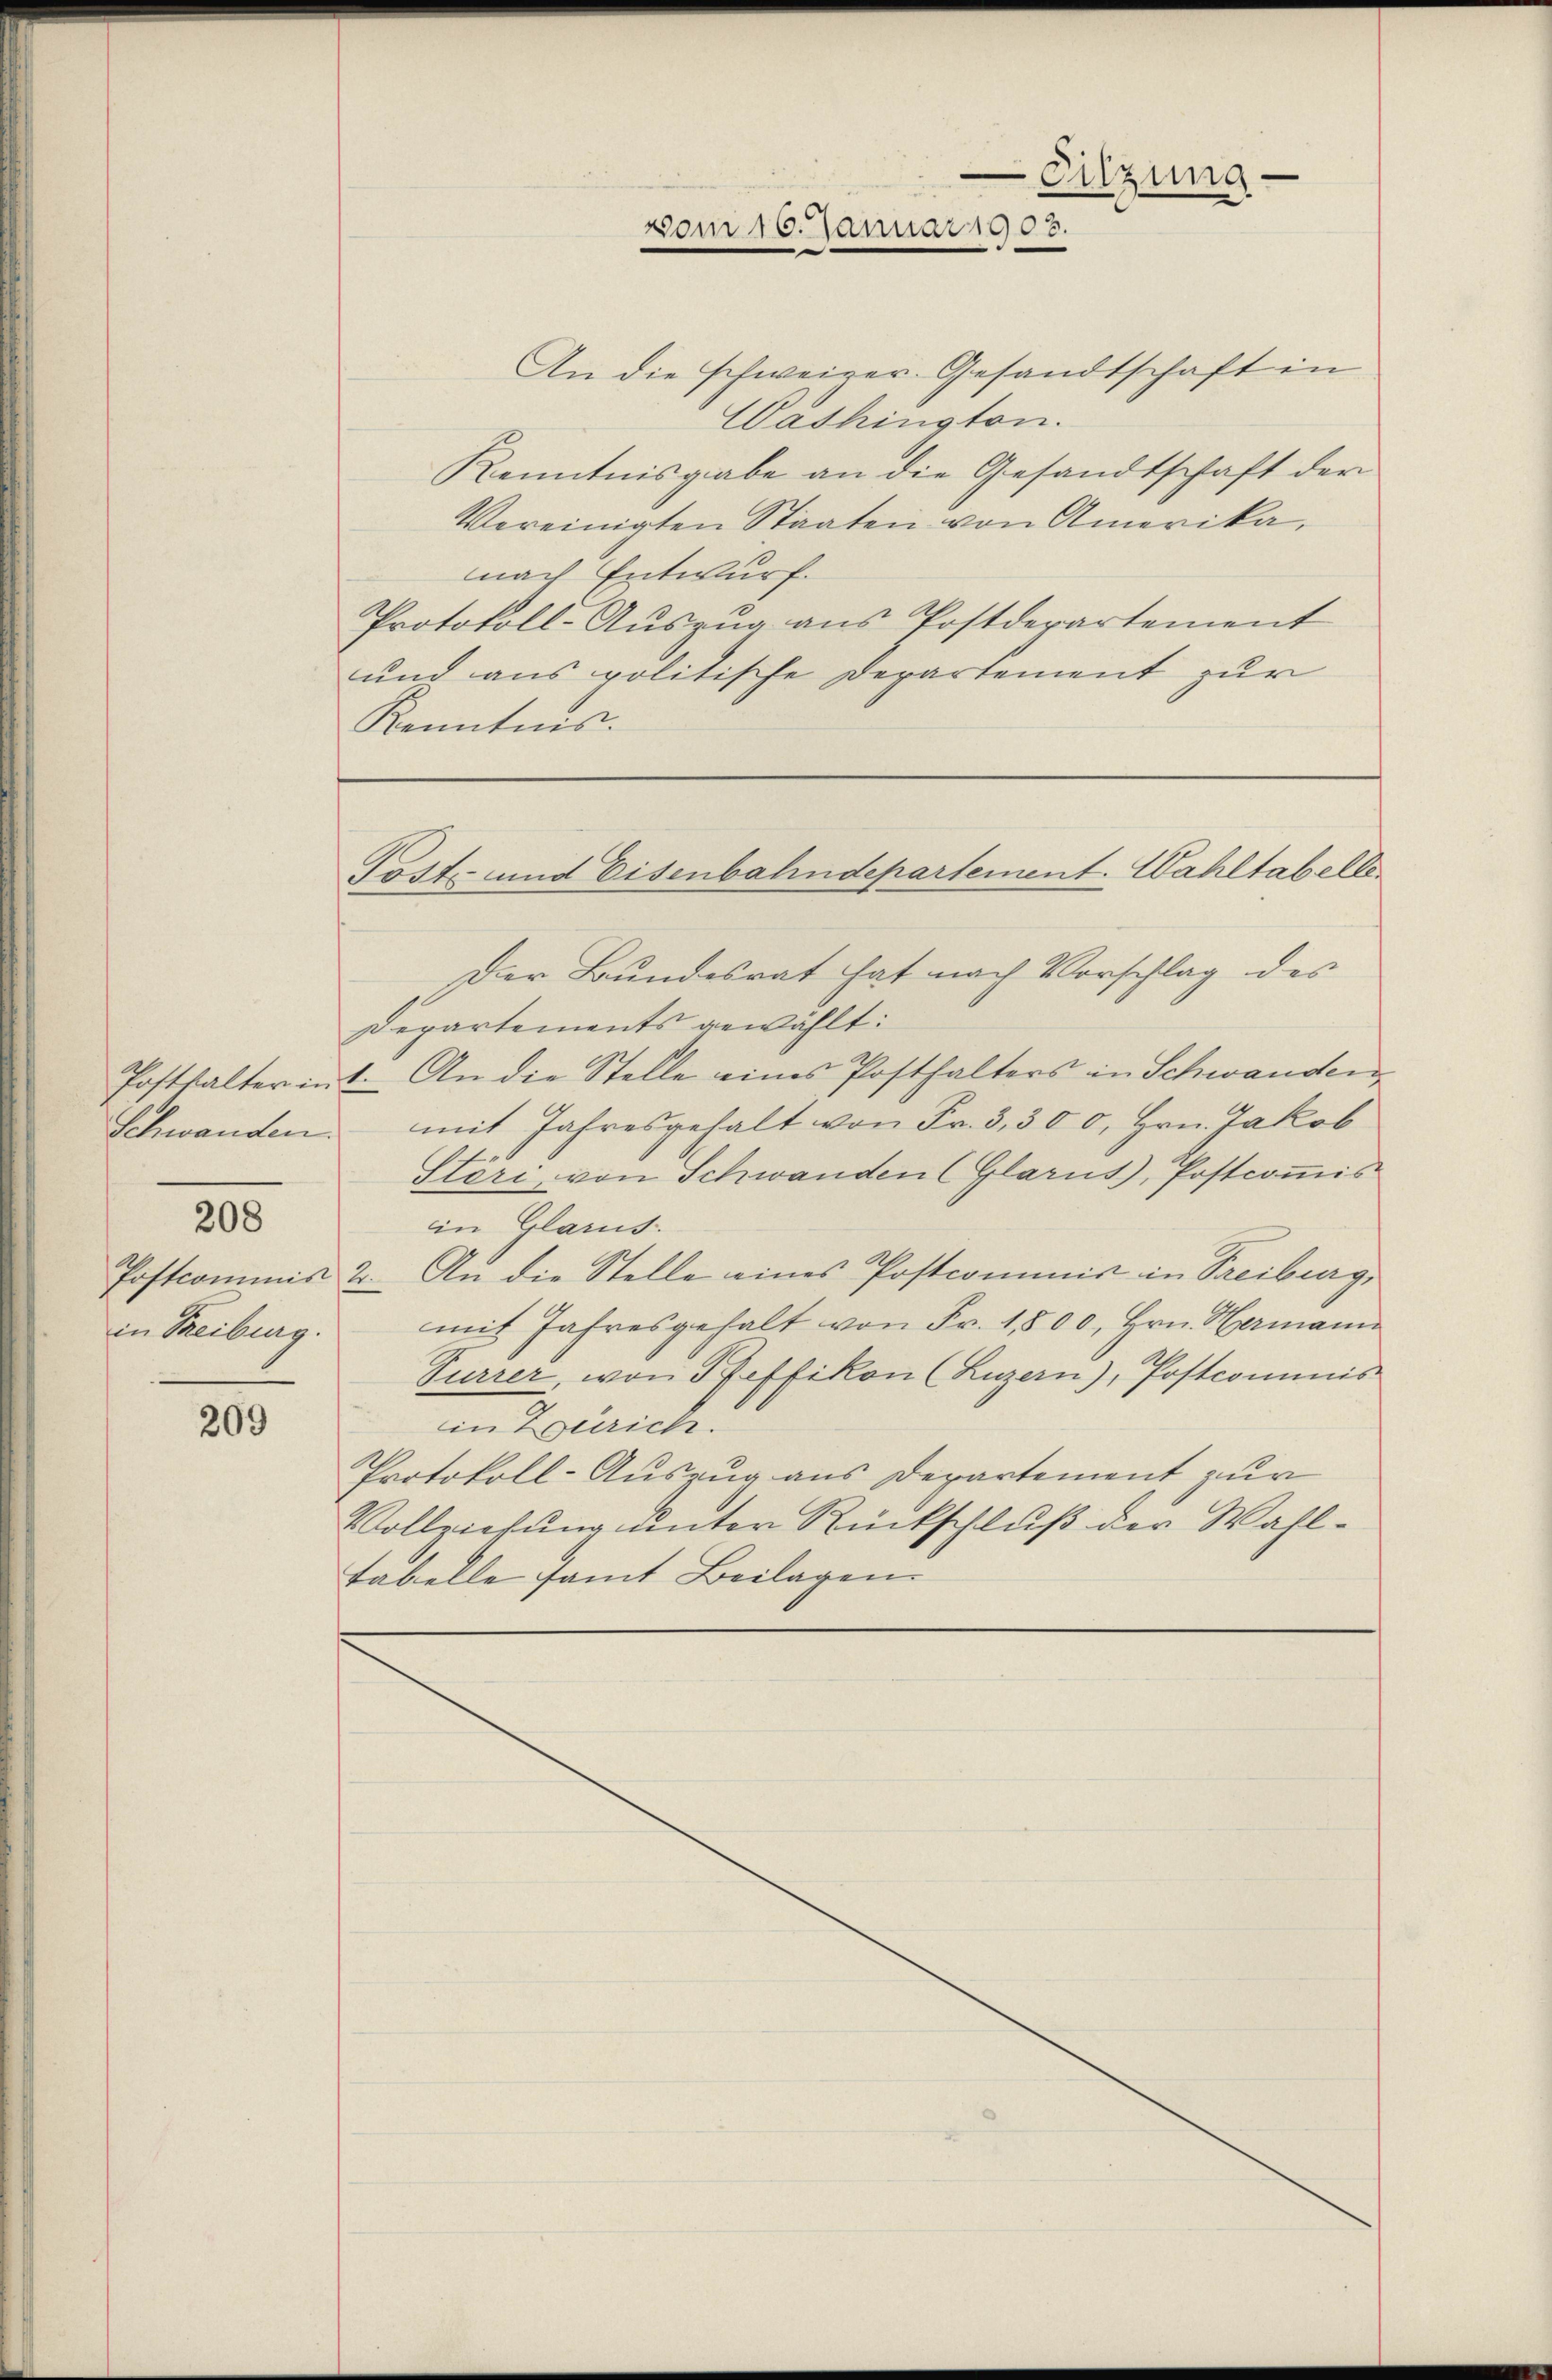
Schwanden.
208
in Treiburg.

209

An die schweizer Gesandtschaft in
Washington.
Kenntnisgabe an die Gesandtschaft der
Vereinigten Staaten von Amerika,
nach Entwurf.
Protokoll-Auszug aus Postderartement
und aus politische Departement zur
Kenntnis.

Sitzung
vom 16. Januar 1903.
—

Tost- und Eisenbahndepartement. Wahltabelle

Der Bundesrat hat nach Vorschlag des
Departements gewählt:
Posthalterint. An die Stelle eines Posthalters in Schwanden
mit Jahresgehalt von Fr. 3,300, Hrn. Jakob
Störi, von Schwanden (Glarus), Postcommis
in Glarus.
Postcommis 2. An die Stelle eines Postcommis in Treiburg,
mit Jahresgehalt von Fr. 1,800, Hrn. Hermann
Turrer, von Pfeffikon (Luzern), Postcommis
n wurde.
Protokoll-Auszug aus Departement zur
Vollziehung unter Rückschluß der Wahl¬
Tabelle samt Beilagen.